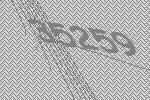
35259